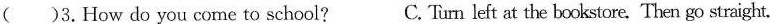
( )3.How do you come to school? C. Tùrn left at the bookstore. Then go straight.